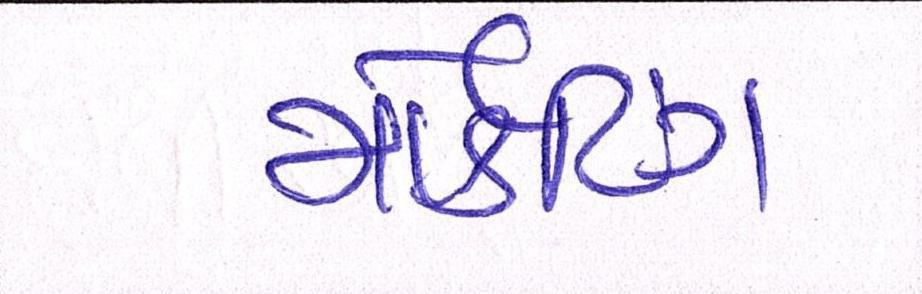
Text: માર્કેટિંગ